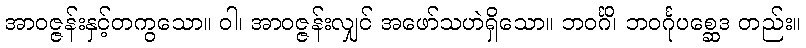
အာဝဇ္ဇန်းနှင့်တကွသော။ ဝါ၊ အာဝဇ္ဇန်းလျှင် အဖော်သဟဲရှိသော။ ဘဝင်္ဂိ၊ ဘဝင်္ဂုပစ္ဆေဒ တည်း။